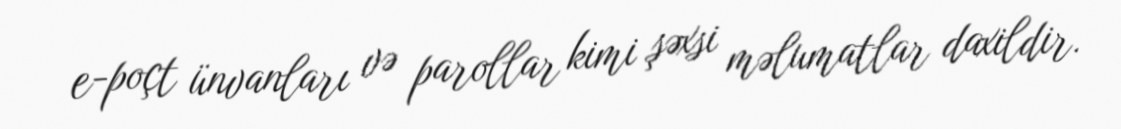
e-poçt ünvanları və parollar kimi şəxsi məlumatlar daxildir.